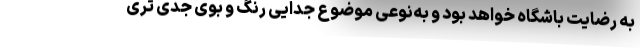
به رضایت باشگاه خواهد بود و به‌نوعی موضوع جدایی رنگ و بوی جدی تری